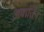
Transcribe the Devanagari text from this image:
अवातिन